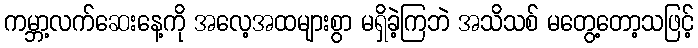
ကမ္ဘာ့လက်ဆေးနေ့ကို အလေ့အထများစွာ မရှိခဲ့ကြဘဲ အသိသစ် မတွေ့တော့သဖြင့်